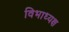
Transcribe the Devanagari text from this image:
विभाध्यक्ष